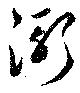
漸